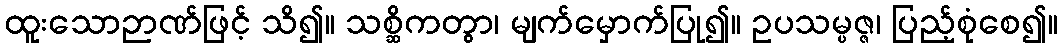
ထူးသောဉာဏ်ဖြင့် သိ၍။ သစ္ဆိကတွာ၊ မျက်မှောက်ပြု၍။ ဥပသမ္ပဇ္ဇ၊ ပြည့်စုံစေ၍။